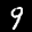
Label: 9